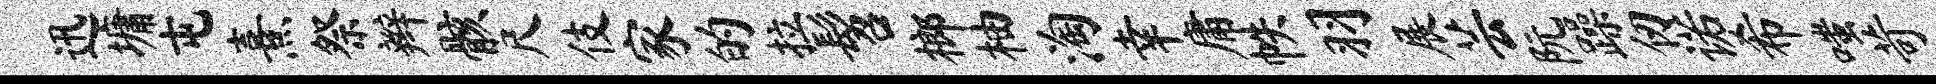
迅墉屯熹祭辫骸尺伎家的拉髫榔柚淘幸庸帙羽展芸阮躁仞诺希嗤苛